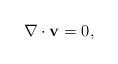
LaTeX: \begin{align*} \nabla \cdot {\bf v} =0,\end{align*}